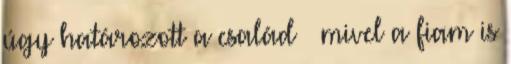
úgy határozott a család – mivel a fiam is